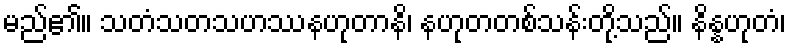
မည်၏။ သတံသတသဟဿနဟုတာနိ၊ နဟုတတစ်သန်းတို့သည်။ နိန္နဟုတံ၊